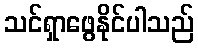
သင်ရှာဖွေနိုင်ပါသည်